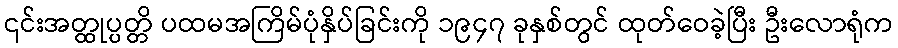
၎င်းအတ္ထုပ္ပတ္တိ ပထမအကြိမ်ပုံနှိပ်ခြင်းကို ၁၉၄၇ ခုနှစ်တွင် ထုတ်ဝေခဲ့ပြီး ဦးလောရုံက